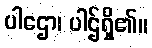
ပါဌော၊ ပါဌ်ရှိ၏။